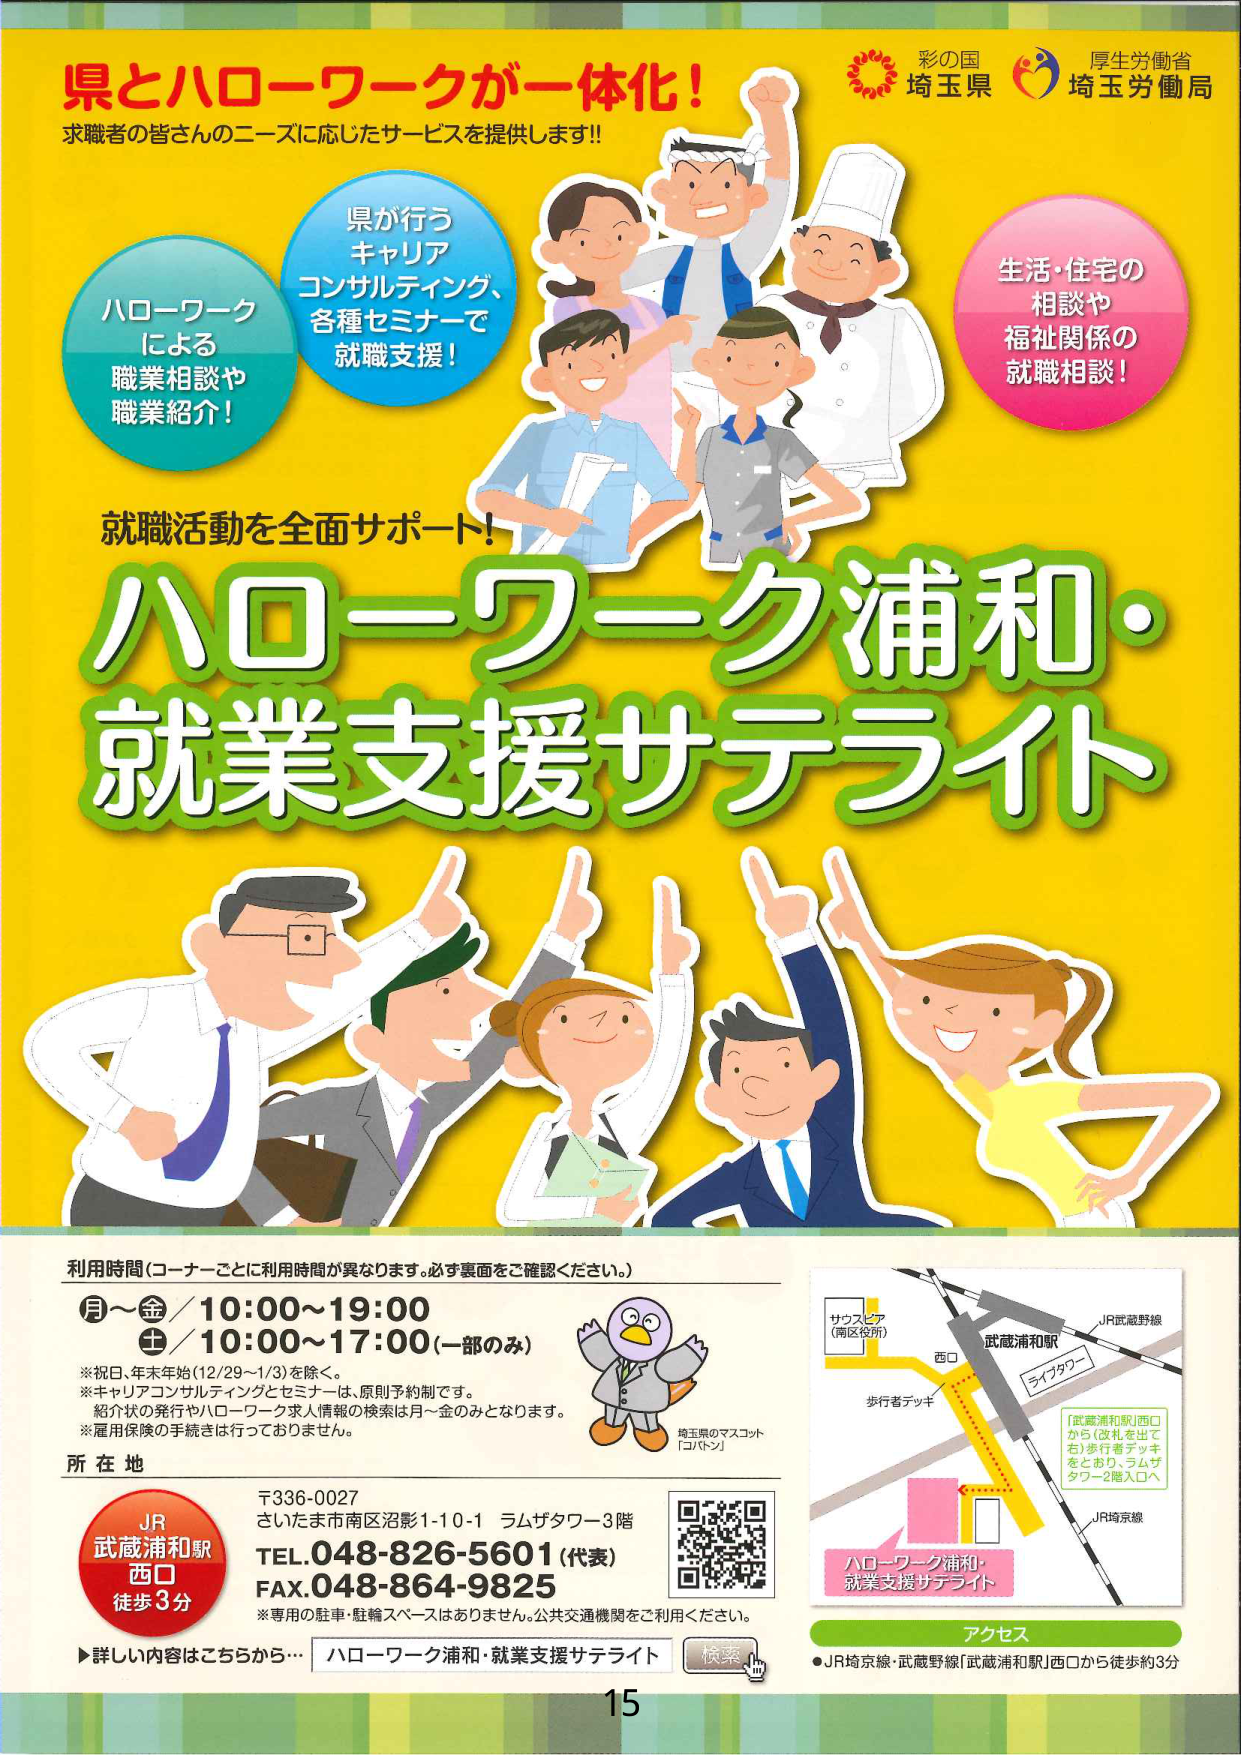
県とハローワークが一体化！
求職者の皆さんのニーズに応じたサービスを提供します!!

彩の国 埼玉県
厚生労働省 埼玉労働局

ハローワーク
による
職業相談や
職業紹介！

県が行う
キャリア
コンサルティング、
各種セミナーで
就職支援！

生活・住宅の
相談や
福祉関係の
就職相談！

就職活動を全面サポート！
ハローワーク浦和・
就業支援サテライト

利用時間（コーナーごとに利用時間が異なります。必ず裏面をご確認ください。）
月～金／10:00～19:00
土／10:00～17:00（一部のみ）
※祝日、年末年始（12/29～1/3）を除く。
※キャリアコンサルティングとセミナーは、原則予約制です。
※紹介状の発行やハローワーク求人情報の検索は月～金のみとなります。
※雇用保険の手続きは行っておりません。

所在地
〒336-0027
さいたま市南区沼影1-10-1 ラムザタワー3階
TEL.048-826-5601（代表）
FAX.048-864-9825
※専用の駐車・駐輪スペースはありません。公共交通機関をご利用ください。

JR
武蔵浦和駅
西口
徒歩3分

▶詳しい内容はこちらから… ハローワーク浦和・就業支援サテライト 検索

埼玉県のマスコット
「コバトン」

サウスビア
（南区役所）
西口
歩行者デッキ
武蔵浦和駅
ライザタワー
JR武蔵野線
JR埼京線
「武蔵浦和駅」西口
から（改札を出て右）歩行者デッキ
をとおり、ラムザタワー2階入口へ

ハローワーク浦和・
就業支援サテライト

アクセス
●JR埼京線・武蔵野線「武蔵浦和駅」西口から徒歩約3分

15